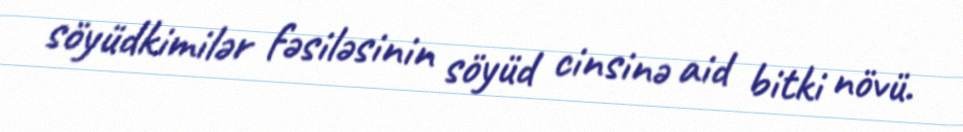
söyüdkimilər fəsiləsinin söyüd cinsinə aid bitki növü.